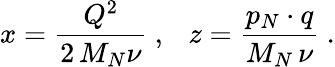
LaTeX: x=\frac{Q^{2}}{2\, M_{N}\nu}\ ,\ \ \ z=\frac{p_{N}\cdot q}{M_{N}\, \nu}\ .